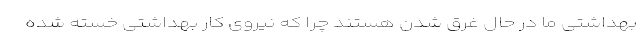
بهداشتی ما در حال غرق شدن هستند چرا که نیروی کار بهداشتی خسته شده